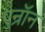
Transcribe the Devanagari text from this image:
एन्रॉन